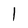
Character: 1